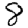
Digit: 8